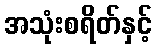
အသုံးစရိတ်နှင့်